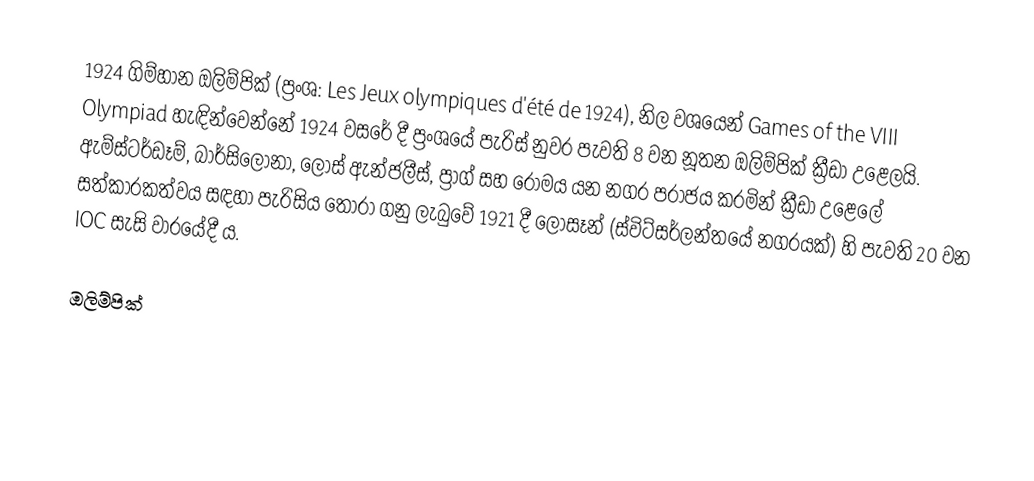
1924 ගිම්හාන ඔලිම්පික්  (ප්‍රංශ: Les Jeux olympiques d'été de 1924), නිල වශයෙන් Games of the VIII Olympiad හැඳින්වෙන්නේ 1924 වසරේ දී ප්‍රංශයේ පැරිස් නුවර පැවති 8 වන නූතන ඔලිම්පික් ක්‍රීඩා උළෙලයි. ඇම්ස්ටර්ඩෑම්, බාර්සිලෝනා, ලොස් ඇන්ජලීස්, ප්‍රාග් සහ රෝමය යන නගර පරාජය කරමින් ක්‍රීඩා උළෙලේ සත්කාරකත්වය සඳහා පැරිසිය තෝරා ගනු ලැබුවේ 1921 දී ලොසෑන් (ස්විට්සර්ලන්තයේ නගරයක්) හි පැවති 20 වන IOC සැසි වාරයේදී ය.

ඔලිම්පික්